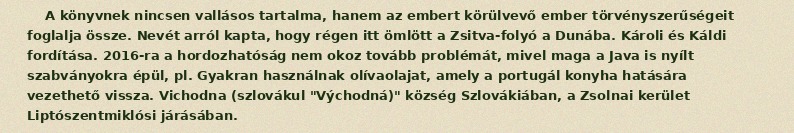
A könyvnek nincsen vallásos tartalma, hanem az embert körülvevő ember törvényszerűségeit foglalja össze. Nevét arról kapta, hogy régen itt ömlött a Zsitva-folyó a Dunába. Károli és Káldi fordítása. 2016-ra a hordozhatóság nem okoz tovább problémát, mivel maga a Java is nyílt szabványokra épül, pl. Gyakran használnak olívaolajat, amely a portugál konyha hatására vezethető vissza. Vichodna (szlovákul "Východná)" község Szlovákiában, a Zsolnai kerület Liptószentmiklósi járásában.